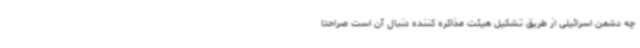
چه دشمن اسرائیلی از طریق تشکیل هیئت مذاکره کننده دنبال آن است صراحتاً